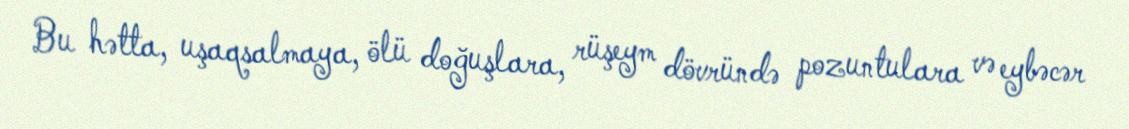
Bu hətta, uşaqsalmaya, ölü doğuşlara, rüşeym dövründə pozuntulara və eybəcər